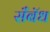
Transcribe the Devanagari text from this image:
सॅँबॅध